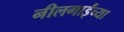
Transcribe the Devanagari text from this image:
नीलगाईंच्या